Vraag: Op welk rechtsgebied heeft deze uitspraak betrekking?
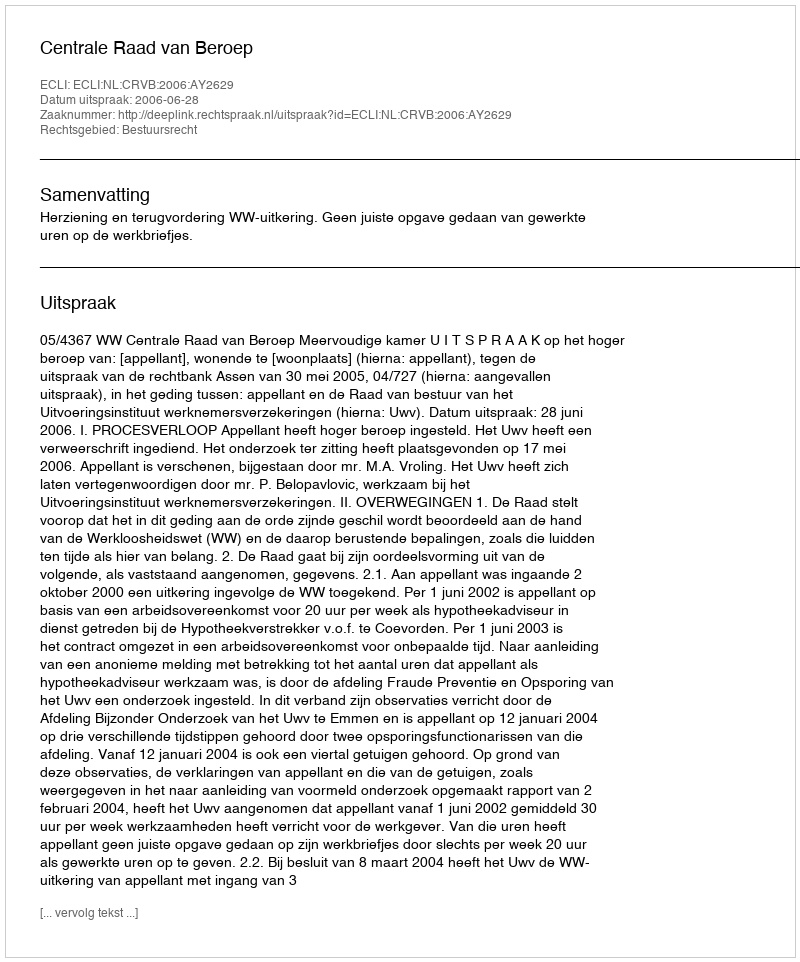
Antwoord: Bestuursrecht